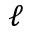
\ell